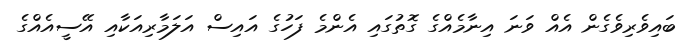
ބައިވެރިވެގެން އެއް ވަނަ އިނާމެއްގެ ގޮތުގައި އެންމެ ފަހުގެ އައިސް އަލަމާރިއަކާއި އޭސީއެއްގެ